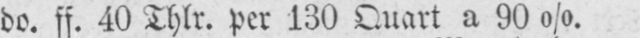
do. ff. 40 Thlr. per 130 Quart a 90%.